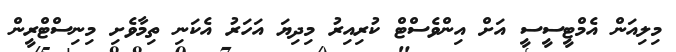
މިލިއަން އެމްޓީސީސީ އަށް އިންވެސްޓް ކުރިއިރު މިދިޔަ އަހަރު އެކަނި ތިމާވެށި މިނިސްޓްރީން